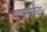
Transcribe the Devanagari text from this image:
विषाणुसंसर्गानंतर